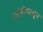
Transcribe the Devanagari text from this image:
फांदीपासून